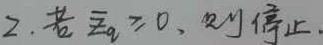
2. 若 $\overline{x}_q\geq0$，则停止.